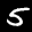
Label: 5